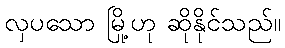
လှပသော မြို့ဟု ဆိုနိုင်သည်။